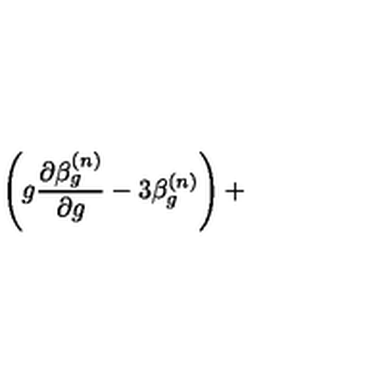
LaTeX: \left( g \frac { \partial \beta _ { g } ^ { ( n ) } } { \partial g } - 3 \beta _ { g } ^ { ( n ) } \right) +